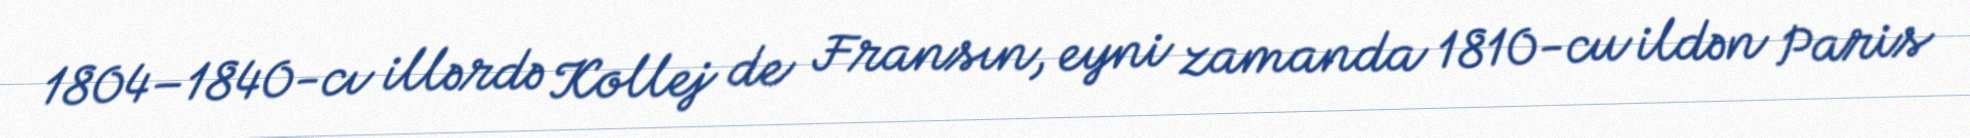
1804–1840-cı illərdə Kollej de Fransın, eyni zamanda 1810-cu ildən Paris